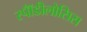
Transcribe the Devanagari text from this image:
स्पॉँडीलोसिस